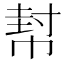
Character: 幇